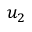
u _ { 2 }